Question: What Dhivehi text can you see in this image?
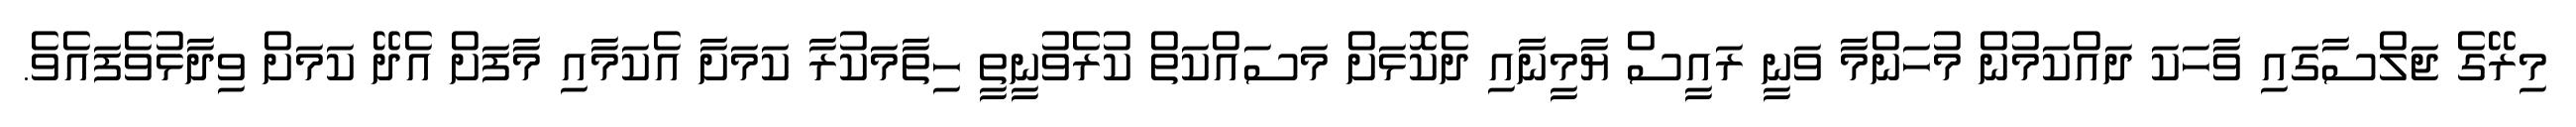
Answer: މިރޭގެ ޖަލްސާގައި ވާހަކަ ދައްކަމުން މުހަންމާ ވަނީ ރައީސް ޔާމީނާއި ދެކޮޅަށް މަސައްކަތް ކުރެވުނީތީ ހިތާމަކުރާ ކަމަށާ އެކަމާއި މާފަށް އެދޭ ކަމަށް ވިދާޅުވެފައެވެ.